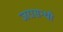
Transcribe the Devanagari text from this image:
जरासन्धी